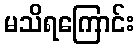
မသိရကြောင်း